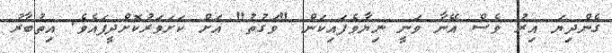
ގެންދިޔަ އިރު ވެސް އޭނާ ވަނީ ނިޔާވެފައިކަން "ވަގުތު" އަށް ކަށަވަރުކޮށްދީފައެވެ. އިތުބާރު